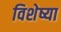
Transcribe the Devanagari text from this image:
विशेष्या